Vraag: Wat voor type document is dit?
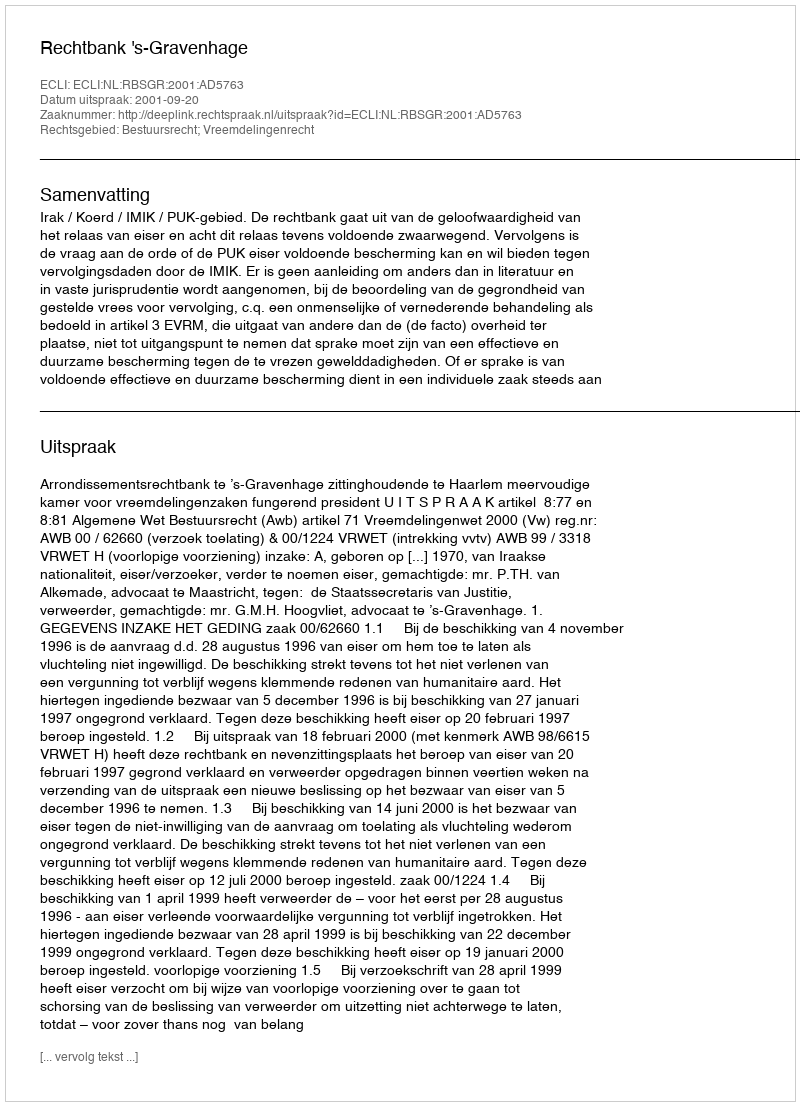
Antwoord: Uitspraak